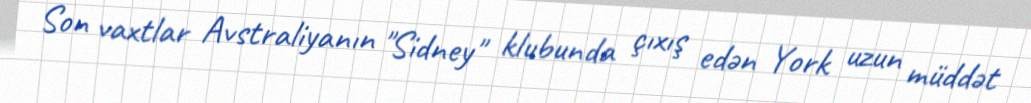
Son vaxtlar Avstraliyanın "Sidney" klubunda çıxış edən York uzun müddət